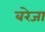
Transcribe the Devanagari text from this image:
बरेजा